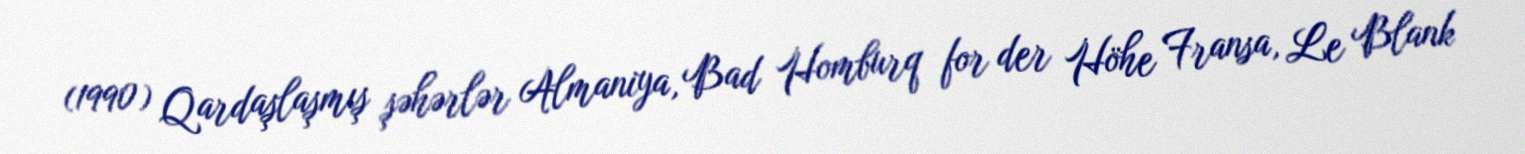
(1990) Qardaşlaşmış şəhərlər Almaniya, Bad Homburq for der Höhe Fransa, Le Blank